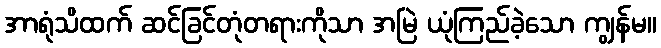
အာရုံသိထက် ဆင်ခြင်တုံတရားကိုသာ အမြဲ ယုံကြည်ခဲ့သော ကျွန်မ။